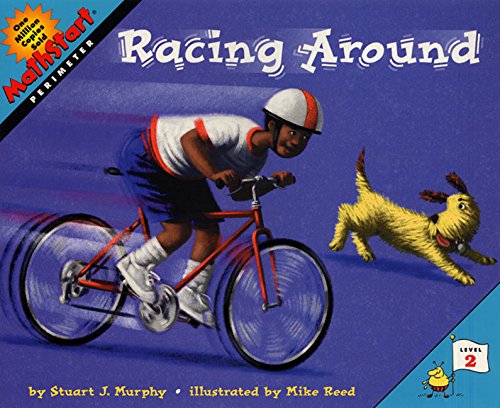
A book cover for Racing Around (MathStart 2); Stuart J. Murphy; Science & Math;